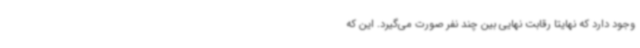
وجود دارد که نهایتا رقابت نهایی بین چند نفر صورت می‌گیرد. این‌ که